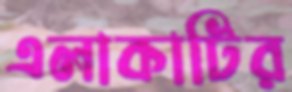
এলাকাটির